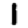
Digit: 1